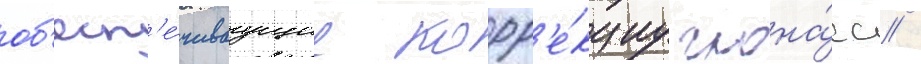
об'есп'е́чиваущие корр'е́кциу глона́сс /